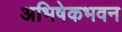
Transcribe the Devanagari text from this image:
अभिषेकभवन